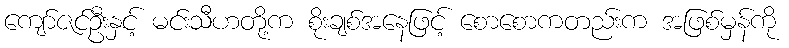
ကျော်ဇင်ဦးနှင့် မင်းသီဟတို့က စိုးချစ်အနေဖြင့် စောစောကတည်းက အဖြစ်မှန်ကို